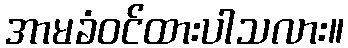
အာမခံဝင်ထားပါသလား။